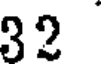
32